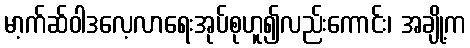
မာ့က်ဆ်ဝါဒလေ့လာရေးအုပ်စုဟူ၍လည်းကောင်း၊ အချို့က